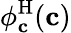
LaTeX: \phi_{\mathbf{c}}^{\mathrm{H}}(\mathbf{c})